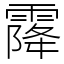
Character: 𩄐